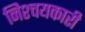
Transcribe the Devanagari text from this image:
निश्चयकारी